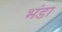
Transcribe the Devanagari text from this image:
भंडा